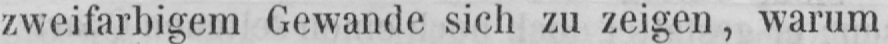
zweifarbigem Gewände sich zu zeigen, warum